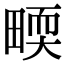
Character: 𤲬